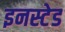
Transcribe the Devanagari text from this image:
इनस्टेड